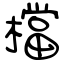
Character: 檔